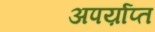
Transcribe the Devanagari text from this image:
अपर्य़ाप्त